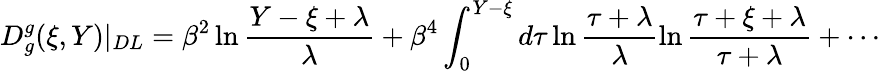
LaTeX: D_{g}^{g}(\xi,Y)|_{DL}=\beta^{2}\ln\frac{Y-\xi+\lambda}{\lambda}+\beta^{4}\int_{0}^{Y-\xi}d\tau\ln\frac{\tau+\lambda}{\lambda}\ln\frac{\tau+\xi+\lambda}{\tau+\lambda}+\cdots